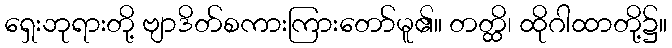
ရှေးဘုရားတို့ ဗျာဒိတ်စကားကြားတော်မူ၏။ တတ္ထိ၊ ထိုဂါထာတို့၌။